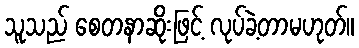
သူသည် စေတနာဆိုးဖြင့် လုပ်ခဲ့တာမဟုတ်။